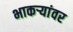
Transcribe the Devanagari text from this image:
भाकऱ्यांवर